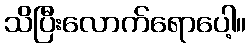
သိပြီးလောက်ရောပေါ့။